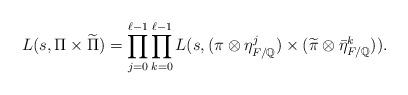
LaTeX: \begin{align*}L(s, \Pi \times \widetilde{\Pi}) =\prod_{j=0}^{\ell-1} \prod_{k=0}^{\ell-1} L(s, (\pi \otimes \eta_{F/\mathbb{Q}}^{j}) \times(\widetilde\pi \otimes \bar\eta_{F/\mathbb{Q}}^{k})).\end{align*}